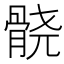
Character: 𱅮